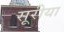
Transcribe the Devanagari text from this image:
सूरीया